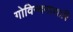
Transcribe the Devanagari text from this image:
गोविन्दनाशारि